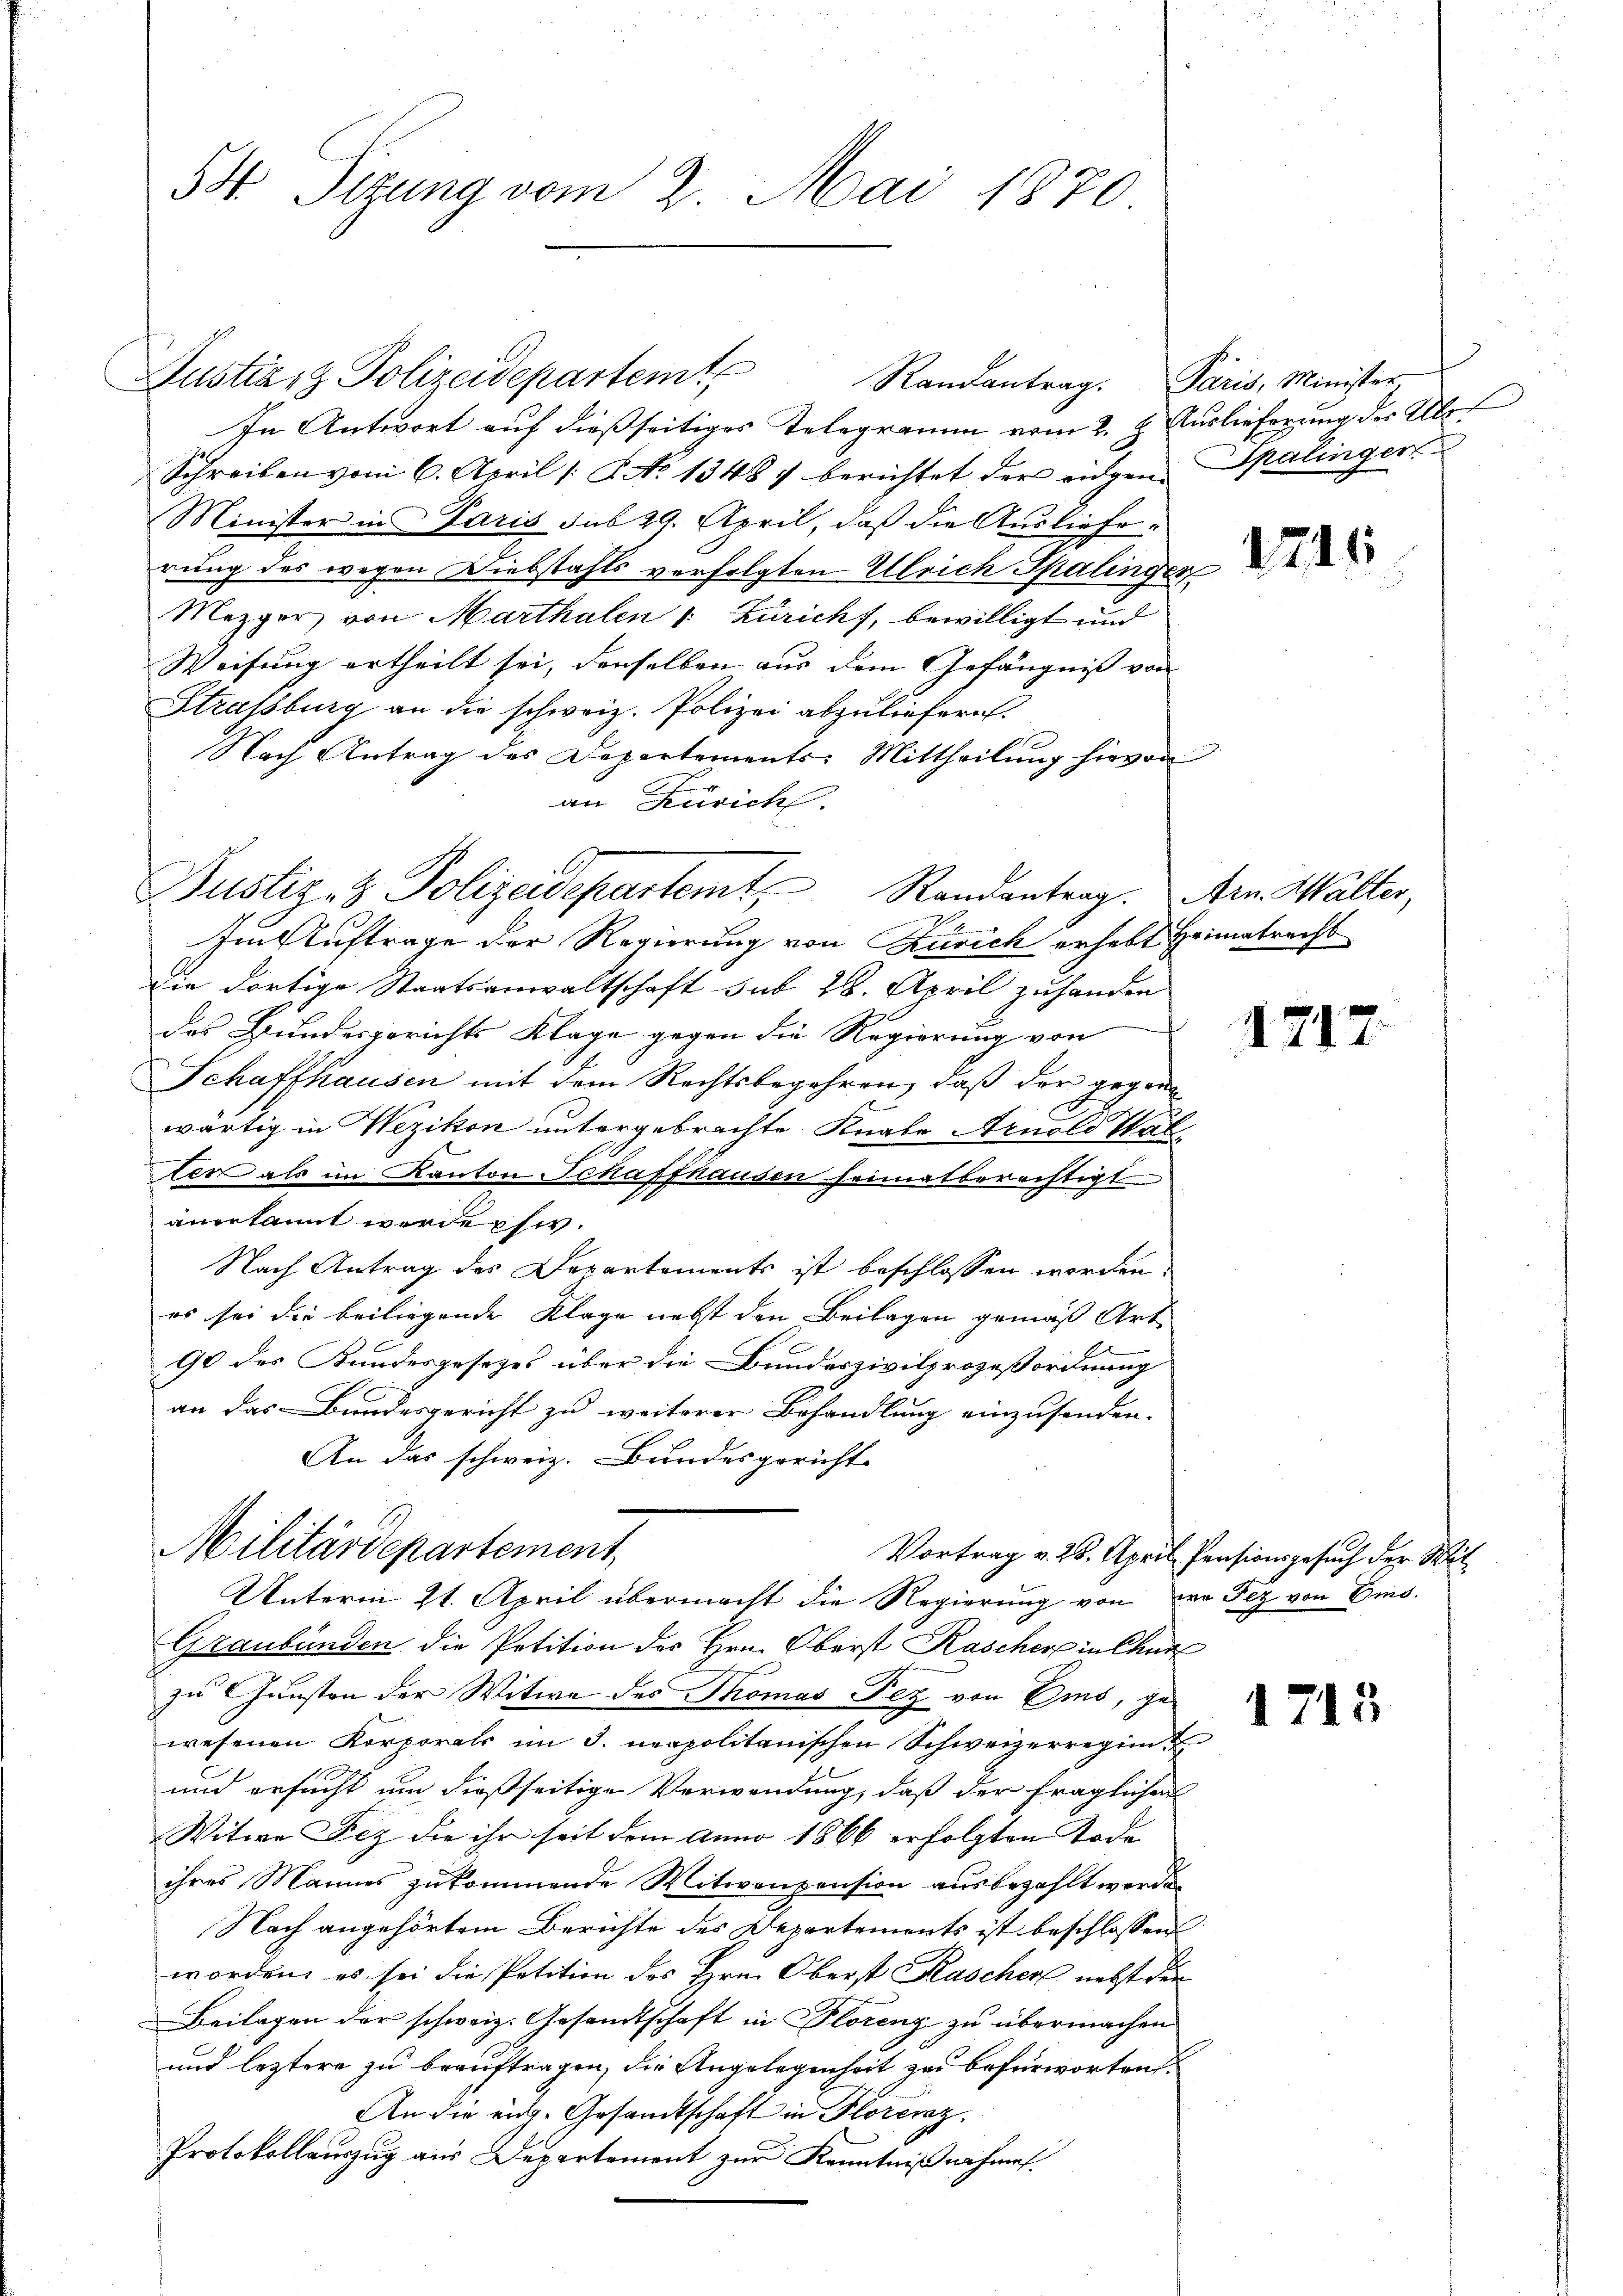
54. Sizung vom 2. Mai 1870

In Antwort auf dießseitiges Telegramm vom 2. d. Auslieferung der Alo
Schreiben vom 6. April /: No 1348) berichtet der eigen Spalinger
Minister in Paris sub 29. April, daß die Auslieferung des wegen Diebstahls verfolgten Ulrich Spalinger
Mezger, von Marthalen v. Züricht, bewilligt und
Weisung ertheilt sei, denselben aus dem Gefängniß von
Strassburg an die schweiz. Polizei abzuliefern.
Nach Antrag des Departements-Mittheilung hievon
an Zürich.
Im Auftrage der Regierung von Zürich erhebt Heimatracht
Die dortige Staatsanwaltschaft sub 28. April zu handen
des Bundesgerichts Klage gegen die Regierung von
Schaffhausen mit dem Rechtsbegehren, daß der gegenwärtig in Wezikon untergebrachte Knabe Arnold Walter als im Kanton Schaffhausen heimatberechtigt
anerkannt werde sie.
Nach Antrag des Departements ist beschlossen worden.
es sei die beiliegende Klage nebst den Beilagen gemäß Art.
90 des Bundesgesezes über die Bundeszivilprozeßordnung
an das Bundesgericht zu weiterer Behandlung einzusenden.
An das schweiz. Bundesgericht

Zustian Polizeidepartem Randantrag. Paris, Minister,

e
Justiz- & Polizeidepartemt, Randantrag. Arn. Walter,

Militärdepartement,
Unterm 21. April übermacht die Regierung von wo Fez von Emo-

1746

Graubünden die Petition des Hrn. Oberst Kascher in Chur
zu Gunsten der Witwe des Thomas Fez von Ems, gewesenen Korporats im J. neapolitanischen Schweizerregim
und ersucht um dießseitige Verwendung, daß der fraglichen
Witwe Sitz die ihr seit dem anno 1866 erfolgten Tode
ihres Mannes zukommende Mitwenpension ausbezahlt worde
Nach angehörtem Berichte des Departements ist beschlossen
worden, es sei die Petition des Hrn. Oberst Kascher nebst den
Beilagen der schweiz. Gesandtschaft in Florenz zu übermachen
und leztere zu beauftragen, die Angelegenheit zu befürworten
An die eidg. Gesandtschaft in Florenz.
Protokollauszug aus Departement zur Kenntnißnahme

1217.

Vortrag v. 25. April Pensionsgesuch der Wit-

1713